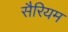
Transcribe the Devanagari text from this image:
सैरियम